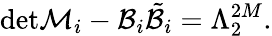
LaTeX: \mathrm{det}\mathcal{M}_{i}-\mathcal{B}_{i}\tilde{\mathcal{B}}_{i}=\Lambda_{2}^{2M}.